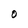
Character: O